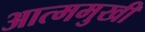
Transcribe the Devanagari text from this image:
आत्ममुखी